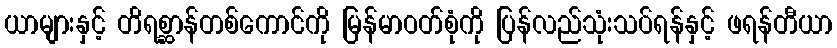
ယာများနှင့် တိရစ္ဆာန်တစ်ကောင်ကို မြန်မာဝတ်စုံကို ပြန်လည်သုံးသပ်ရန်နှင့် ဖရန်တီယာ